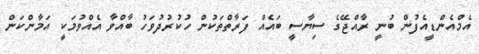
އެމްއެންޑީއެފުން ބުނީ ރާއްޖޭގެ ސިޔާސީ ބައެއް ފަރާތްތަކުން ހުކުރުދުވަހު ބާއްވާ އެއްވުމަކީ އަމާންކަން